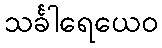
သင်္ခါရေယေဝ